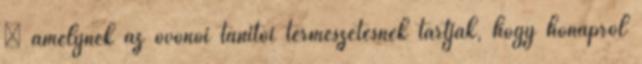
◊ amelynek az óvónői tanítói természetesnek tartják, hogy hónapról